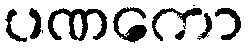
ပဏကော